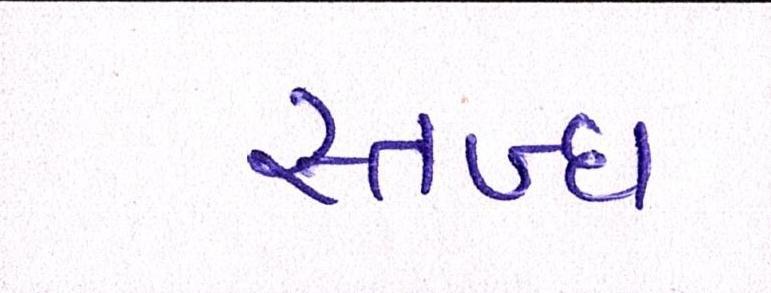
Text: સ્તબ્ધ